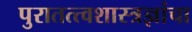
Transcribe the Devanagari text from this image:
पुरातत्त्वशास्त्रज्ञांचा